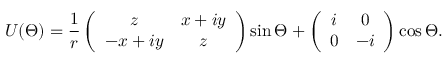
U ( \Theta ) = \frac { 1 } { r } \left( \begin{array} { c c } { { z } } & { { x + i y } } \\ { { - x + i y } } & { { z } } \end{array} \right) \sin \Theta + \left( \begin{array} { c c } { { i } } & { { 0 } } \\ { { 0 } } & { { - i } } \end{array} \right) \cos \Theta .